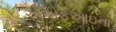
એએફઆઇના